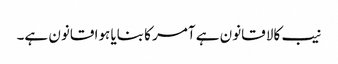
نیب کالا قانون ہے آمر کا بنایا ہوا قانون ہے۔